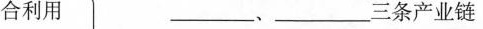
合利用 __、___三条产业链